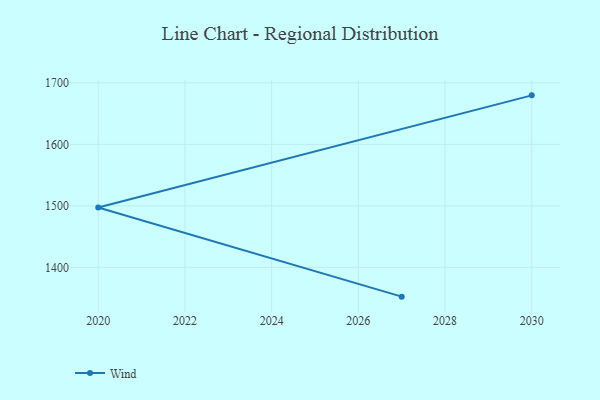
{"axis": {"x": "Year", "y": "Churn Rate (%)"}, "legend": ["Wind"], "data": [{"x": "2030", "y": 1679.7, "type": "Wind"}, {"x": "2020", "y": 1497.3, "type": "Wind"}, {"x": "2027", "y": 1352.4, "type": "Wind"}]}